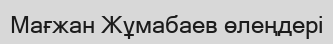
Мағжан Жұмабаев өлеңдері